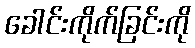
ခေါင်းကိုက်ခြင်းကို